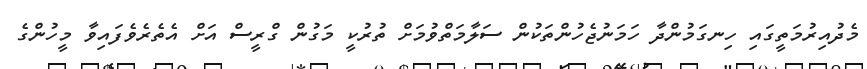
މެދުއިރުމަތީގައި ހިނގަމުންދާ ހަމަނުޖެހުންތަކުން ސަލާމަތްވުމަށް ތުރުކީ މަގުން ގްރީސް އަށް އެތެރެވެފައިވާ މީހުންގެ